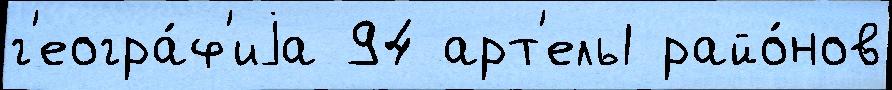
г'еогра́ф'иjа 94 арт'ель1 райо́нов